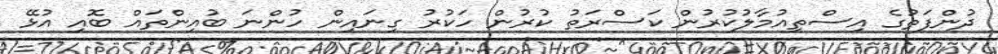
ދުންފަތުގެ އިސްތިއުމާލުކުރުން ކަސްރަތު ކުރުން ހަކުރު ގިނައިން ހުންނަ ބުއިންތައް ބޮއި އުޅޭ